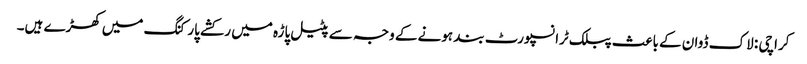
کراچی : لاک ڈوان کے باعث پبلک ٹرانسپورٹ بند ہونے کے وجہ سے پٹیل پاڑہ میں رکشے پارکنگ میں کھڑے ہیں۔